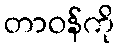
တာဝန်ကို